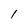
Character: 1